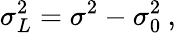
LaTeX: \sigma_{L}^{2}=\sigma^{2}-\sigma_{0}^{2}\: ,